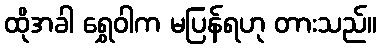
ထိုအခါ ရွှေဝါက မပြန်ရဟု တားသည်။